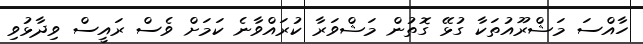
ހާއްސަ މަޝްރޫއުތަކާ ގުޅޭ ގޮތުން މަޝްވަރާ ކުރައްވާނެ ކަމަށް ވެސް ރައީސް ވިދާޅުވި